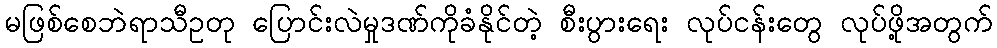
မဖြစ်စေဘဲရာသီဥတု ပြောင်းလဲမှုဒဏ်ကိုခံနိုင်တဲ့ စီးပွားရေး လုပ်ငန်းတွေ လုပ်ဖို့အတွက်